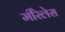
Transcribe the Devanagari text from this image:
मीरेलेस